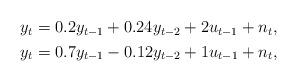
LaTeX: \begin{align*}\begin{aligned}&y_t = 0.2y_{t-1} + 0.24 y_{t-2} + 2u_{t-1} + n_t , \\&y_t = 0.7y_{t-1} -0.12 y_{t-2} + 1u_{t-1} + n_t ,\end{aligned}\end{align*}